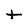
Character: t